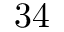
3 4